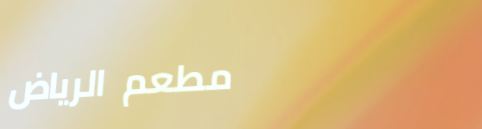
مطعم الرياض